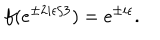
LaTeX: f ( e ^ { \pm 2 i \epsilon / 3 } ) = e ^ { \pm i \epsilon } .